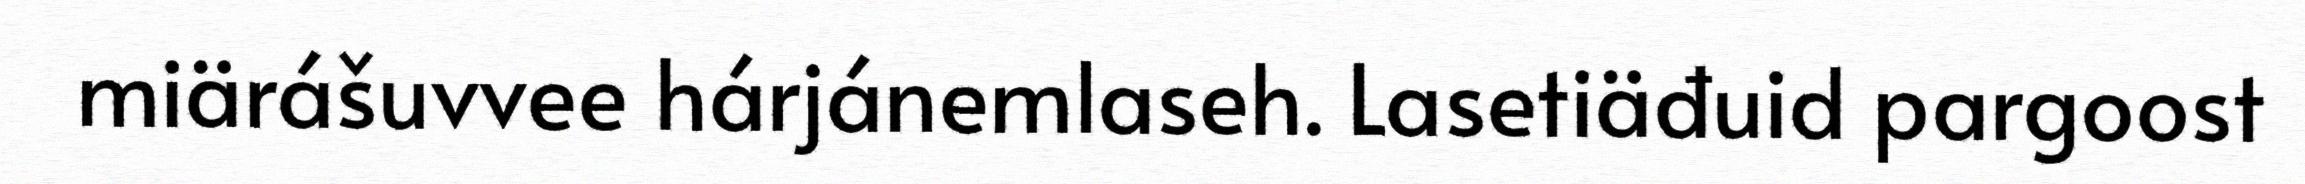
miärášuvvee hárjánemlaseh. Lasetiäđuid pargoost